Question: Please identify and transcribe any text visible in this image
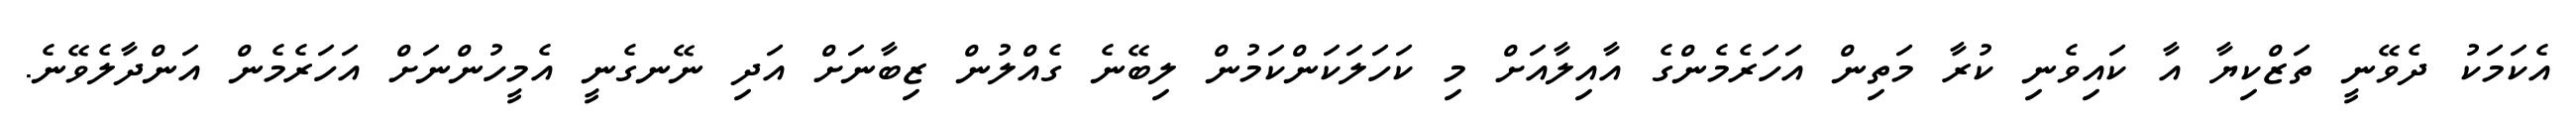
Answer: އެކަމަކު ދެވޭނީ ތަޒްކިޔާ އާ ކައިވެނި ކުރާ މަތިން އަހަރެމެންގެ އާއިލާއަށް މި ކަހަލަކަންކަމުން ލިބޭނެ ގެއްލުން ޒިބާނަށް އަދި ނޭނގެނީ އެމީހުންނަށް އަހަރެމެން އަންދާލެވޭނެ.